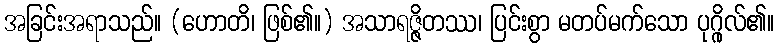
အခြင်းအရာသည်။ (ဟောတိ၊ ဖြစ်၏။) အသာရဇ္ဇိတဿ၊ ပြင်းစွာ မတပ်မက်သော ပုဂ္ဂိုလ်၏။